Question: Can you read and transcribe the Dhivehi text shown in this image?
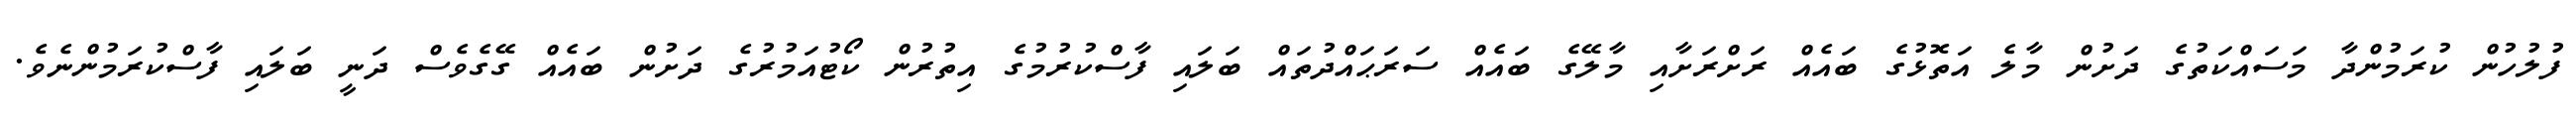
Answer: ފުލުހުން ކުރަމުންދާ މަސައްކަތުގެ ދަށުން މާލެ އަތޮޅުގެ ބައެއް ރަށްރަށާއި މާލޭގެ ބައެއް ސަރަޙައްދުތައް ބަލައި ފާސްކުރުމުގެ އިތުރުން ކޯޓުއަމުރުގެ ދަށުން ބައެއް ގޭގެވެސް ދަނީ ބަލައި ފާސްކުރަމުންނެވެ.